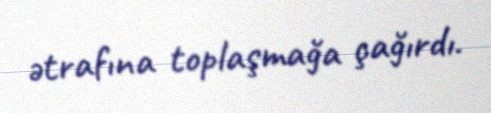
ətrafına toplaşmağa çağırdı.